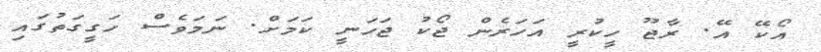
އޯކޭ އޭ. ރާޖޫ ހީކުރީ އަހަރެން ޖޯކު ޖަހަނީ ކަމަށް. ނަމަވެސް ހަގީގަތުގައި